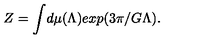
Z = \int \! d \mu ( \Lambda ) e x p ( 3 \pi / G \Lambda ) .